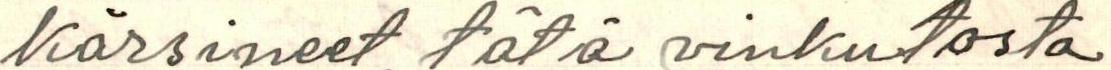
kärsineet tätä vinkutosta